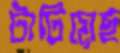
টাটিয়েছ